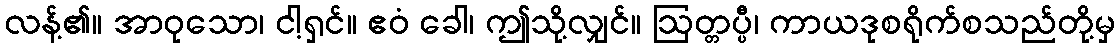
လန့်၏။ အာဝုသော၊ ငါ့ရှင်။ ဧဝံ ခေါ၊ ဤသို့လျှင်။ ဩတ္တပ္ပီ၊ ကာယဒုစရိုက်စသည်တို့မှ